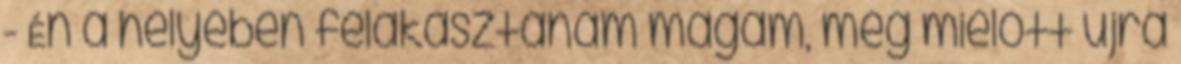
- Én a helyében felakasztanám magam, még mielőtt újra